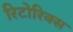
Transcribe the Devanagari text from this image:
रिटोरिक्स